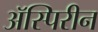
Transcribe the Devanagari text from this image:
ॲस्पिरीन